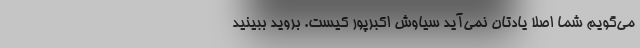
می‌گویم شما اصلاً یادتان نمی‌آید سیاوش اکبرپور کیست. بروید ببینید